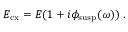
E _ { \mathrm { c x } } = E ( 1 + i \phi _ { \mathrm { s u s p } } ( \omega ) ) ~ .